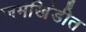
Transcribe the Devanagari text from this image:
जमखिंडीत